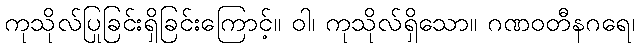
ကုသိုလ်ပြုခြင်းရှိခြင်းကြောင့်။ ဝါ၊ ကုသိုလ်ရှိသော။ ဂဏဝတီနဂရေ၊